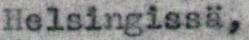
Helsingissä,